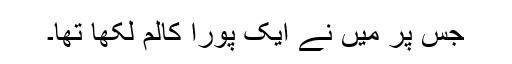
جس پر میں نے ایک پورا کالم لکھا تھا۔